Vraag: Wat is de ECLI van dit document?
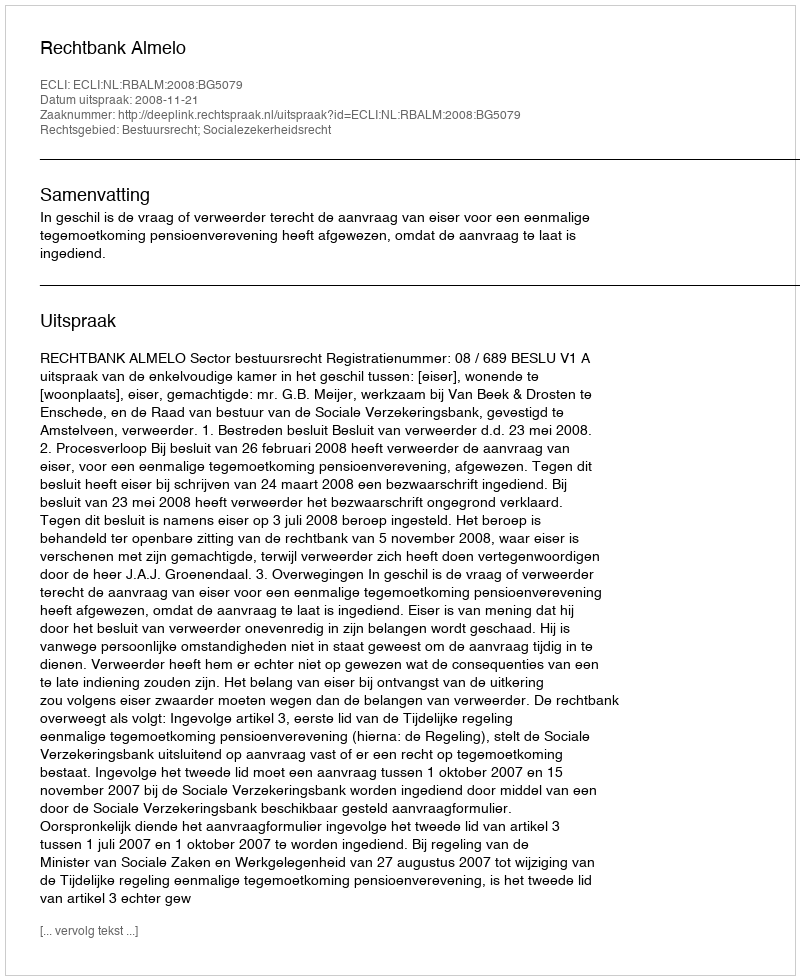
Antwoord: ECLI:NL:RBALM:2008:BG5079